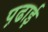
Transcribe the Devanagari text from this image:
प़ढाई